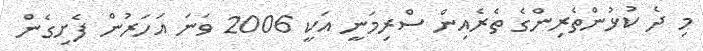
މި ދެ ކުޅުންތެރިންގެ ތެރެއިން ސްރިމަނީ އަކީ 2006 ވަނަ އަހަރުން ފެށިގެން